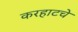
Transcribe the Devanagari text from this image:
करहाटचे